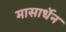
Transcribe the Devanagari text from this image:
मासार्धेन